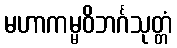
မဟာကမ္မဝိဘင်္ဂသုတ္တံ